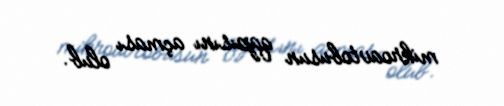
mikroavtobusun qapısını açması olub.